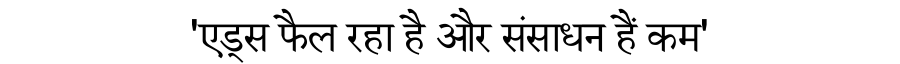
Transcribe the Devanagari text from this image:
'एड्स फैल रहा है और संसाधन हैं कम'